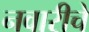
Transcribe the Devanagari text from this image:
नवारीचे